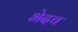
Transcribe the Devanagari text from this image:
भेदच